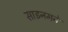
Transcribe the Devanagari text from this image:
साइनमने